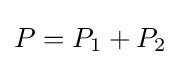
P=P_{1}+P_{2}